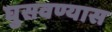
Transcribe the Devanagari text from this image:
घुसवण्यास